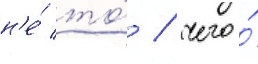
н'е́ то́ / чего́